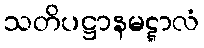
သတိပဋ္ဌာနမဋ္ဋာလံ